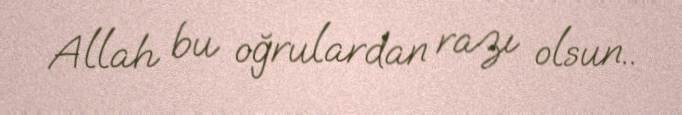
Allah bu oğrulardan razı olsun..